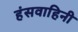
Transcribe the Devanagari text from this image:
हंसवाहिनी